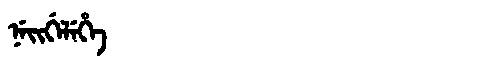
Manchu: ᠨᡝᡳᡤᡝᠯᡝᡥᡝ
Romanization: NEIGELEHE